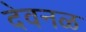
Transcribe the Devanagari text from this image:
देवनळ